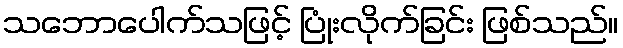
သဘောပေါက်သဖြင့် ပြုံးလိုက်ခြင်း ဖြစ်သည်။